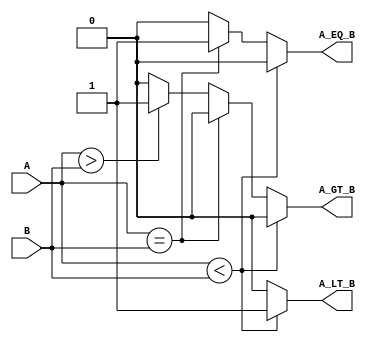
module comparator #(parameter WIDTH = 8) (
    input  wire [WIDTH-1:0] A,    // First operand
    input  wire [WIDTH-1:0] B,    // Second operand
    output reg  A_LT_B,            // A < B
    output reg  A_EQ_B,            // A == B
    output reg  A_GT_B             // A > B
);

    always @(*) begin
        // Default outputs
        A_LT_B = 0;
        A_EQ_B = 0;
        A_GT_B = 0;

        // Comparison logic
        if (A < B) begin
            A_LT_B = 1;
            A_EQ_B = 0;
            A_GT_B = 0;
        end else if (A == B) begin
            A_LT_B = 0;
            A_EQ_B = 1;
            A_GT_B = 0;
        end else if (A > B) begin
            A_LT_B = 0;
            A_EQ_B = 0;
            A_GT_B = 1;
        end
    end

endmodule